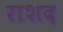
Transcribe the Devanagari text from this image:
राशद